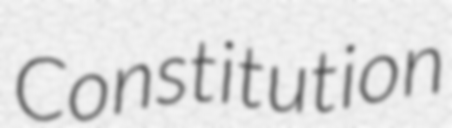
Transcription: Constitution